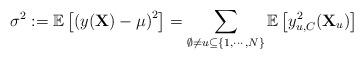
LaTeX: \begin{align*}\sigma^2:=\mathbb{E}\left[\left(y(\mathbf{X})-\mu\right)^{2}\right]=\sum_{\emptyset\ne u\subseteq\{1,\cdots,N\}}\mathbb{E}\left[y_{u,C}^{2}(\mathbf{X}_{u})\right]\end{align*}